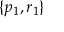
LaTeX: \{ p _ { 1 } , r _ { 1 } \}